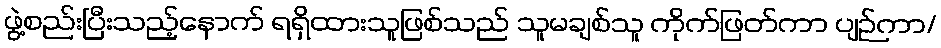
ဖွဲ့စည်းပြီးသည့်နောက် ရရှိထားသူဖြစ်သည် သူမချစ်သူ ကိုက်ဖြတ်ကာ ပျဉ်ကာ/